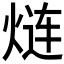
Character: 𮳬